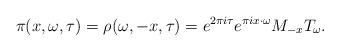
LaTeX: \begin{align*}\pi(x,\omega,\tau) = \rho(\omega,-x,\tau) = e^{2 \pi i \tau} e^{\pi i x \cdot \omega} M_{-x} T_\omega.\end{align*}